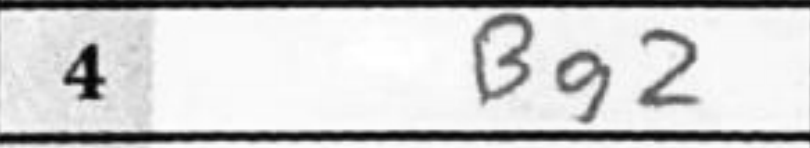
Transcription: Bg2